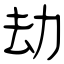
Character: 劫